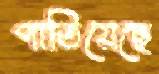
পাতিয়েছে